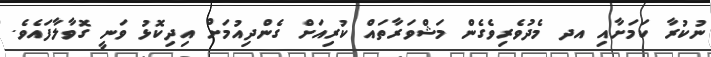
ނުކުރާ ކަމަށާއި އދ މެދުވެރިވެގެން މަޝްވަރާތައް ކުރިއަށް ގެންދިއުމަށް އިދިކޮޅު ވަނީ ގޮވާލާފައެވެ.